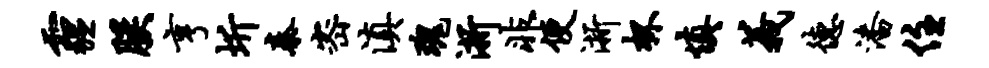
霾朕亨圻秦密滇瑰浙非便浙杯慎义德潘住